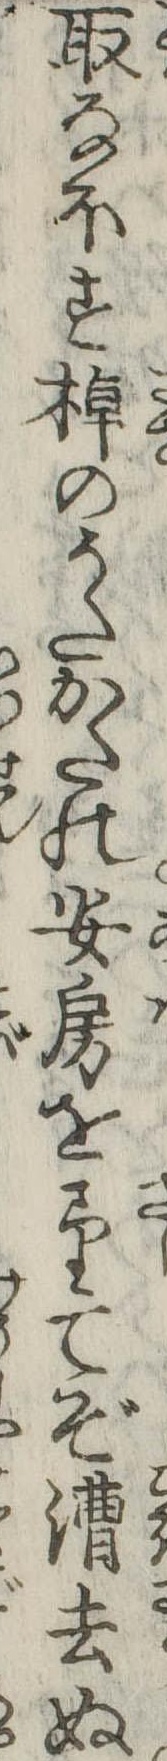
取なほす棹のうたかたの安房を望てぞ漕去ぬ